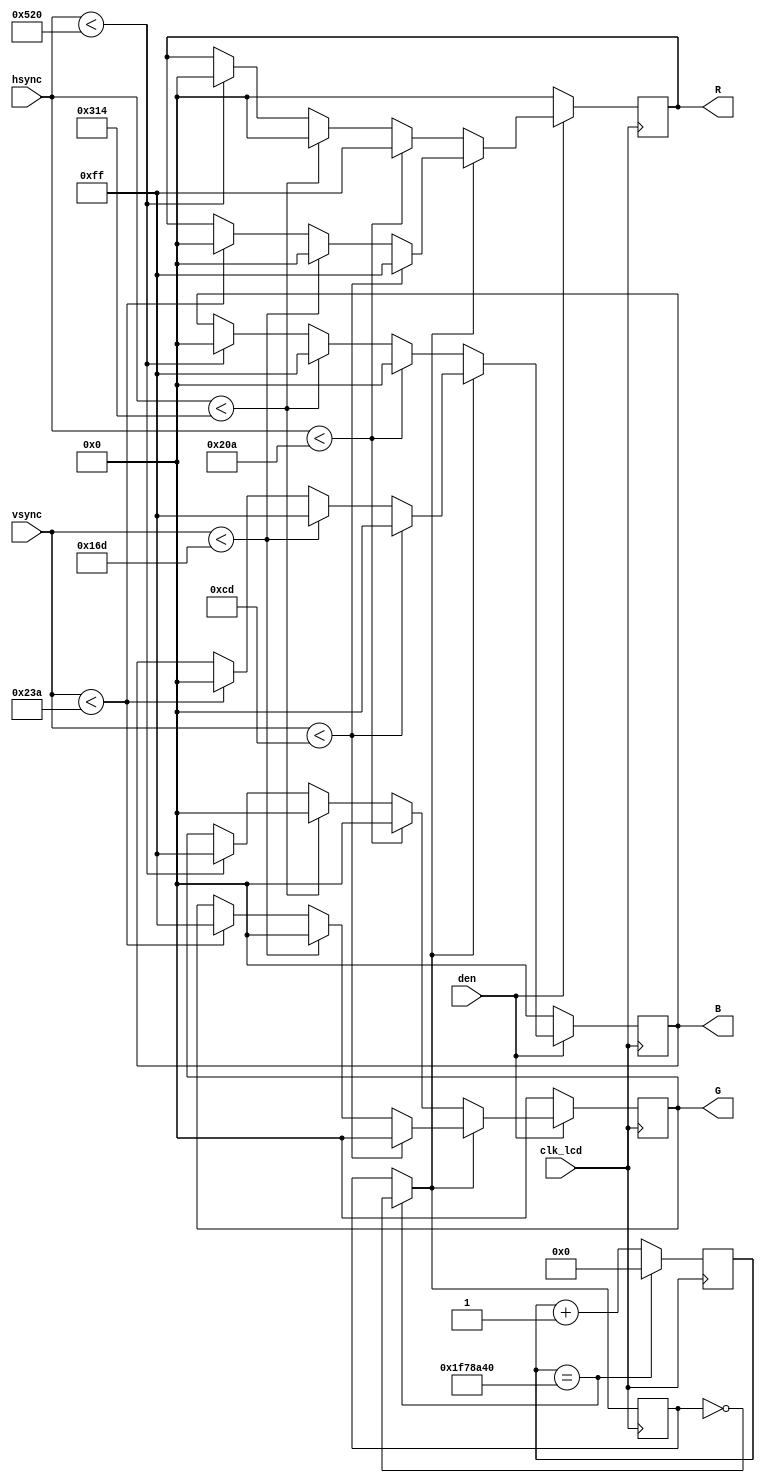

module data_out
	(	
		input wire clk_lcd, 
		output wire [7:0] R,
		output wire [7:0] G,
		output wire [7:0] B,
		input  wire den,
		input  wire [10:0] hsync,
		input  wire [10:0] vsync
	);

	reg [7:0] r_R;
	reg [7:0] r_G;
	reg [7:0] r_B;

  parameter HSYNC_BLANK_WIDTH = 256; // thb
  parameter HSYNC_WIDTH = 1056 + HSYNC_BLANK_WIDTH;     // th

  parameter VSYNC_BLANK_WIDTH = 45;	//tvb
  parameter VSYNC_WIDTH = 525 + VSYNC_BLANK_WIDTH;		//tv

reg scan_dir;
reg [31:0]timecnt;

always@(posedge clk_lcd)
begin
	timecnt<=timecnt+1'b1;
	if(timecnt==32'd33_000_000)
	begin
		timecnt<=32'h0;
		scan_dir = ~scan_dir;
	end
	
	if (den) 
		begin 
			if(scan_dir==1)
			begin
				if (vsync<(160+VSYNC_BLANK_WIDTH)) 
					begin 
						r_R<=8'hff; 
						r_B<=8'h00; 
						r_G<=8'h00; 
					end 
				else if (vsync<(320+VSYNC_BLANK_WIDTH)) 
					begin 
						r_R<=8'h00; 
						r_B<=8'hff; 
						r_G<=8'h00; 
					end
				else if (vsync<VSYNC_WIDTH) 
					begin 
						r_R<=8'h00; 
						r_B<=8'h00; 
						r_G<=8'hff; 
					end
			end
			else
			begin
				if (hsync<(266+HSYNC_BLANK_WIDTH)) 
					begin 
						r_R<=8'hff; 
						r_B<=8'h00; 
						r_G<=8'h00; 
					end 
				else if (hsync<(532+HSYNC_BLANK_WIDTH)) 
					begin 
						r_R<=8'h00; 
						r_B<=8'hff; 
						r_G<=8'h00; 
					end 
				else if (hsync<HSYNC_WIDTH) 
					begin 
						r_R<=8'h00; 
						r_B<=8'h00; 
						r_G<=8'hff; 
					end
				end
		end
	else 
		begin 
			r_R<=8'h00; 
			r_B<=8'h00; 
			r_G<=8'h00;
		end
end

	assign R = r_R;
	assign G = r_G;
	assign B = r_B;

endmodule